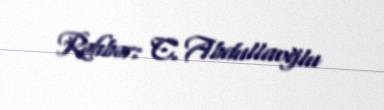
Rəhbər: C. Abdullaoğlu